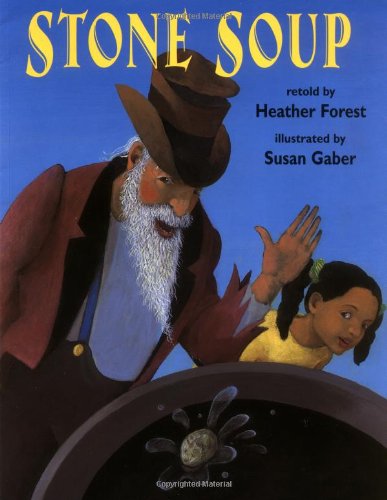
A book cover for Stone Soup; Heather Forest; Children's Books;